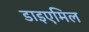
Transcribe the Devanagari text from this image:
डाइएमिल